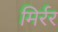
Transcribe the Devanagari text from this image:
मिर्रर